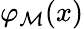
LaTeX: \varphi_{\mathcal{M}}(x)